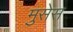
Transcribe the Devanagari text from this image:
मुसेस